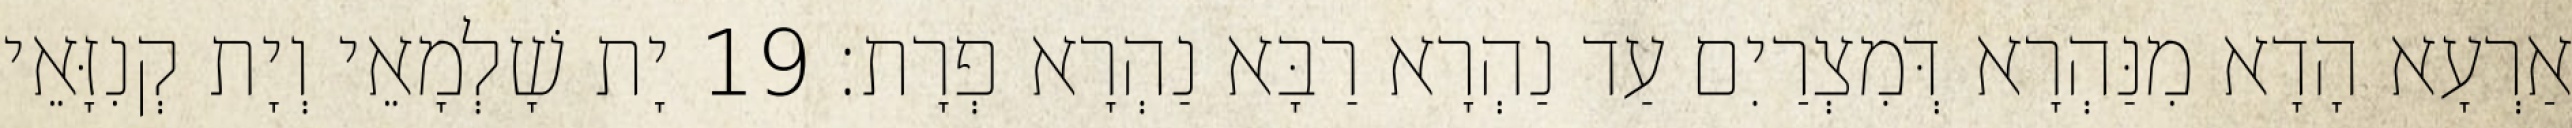
אַרְעָא הָדָא מִנַּהְרָא דְּמִצְרַיִם עַד נַהְרָא רַבָּא נַהְרָא פְרָת׃ 19 יָת שָׁלְמָאֵי וְיָת קְנִזָּאֵי